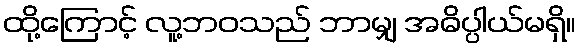
ထို့ကြောင့် လူ့ဘဝသည် ဘာမျှ အဓိပ္ပါယ်မရှိ။